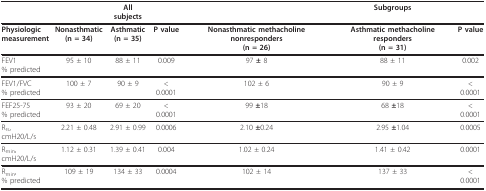
<table><thead><tr><td></td><td></td><td><b>All subjects</b></td><td></td><td></td><td><b>Subgroups</b></td><td></td></tr></thead><tbody><tr><td><b>Physiologic</b><b>measurement</b></td><td><b>Nonasthmatic</b><b>(n = 34)</b></td><td><b>Asthmatic</b><b>(n = 35)</b></td><td><b>P value</b></td><td><b>Nonasthmatic methacholine nonresponders</b><b>(n = 26)</b></td><td><b>Asthmatic methacholine responders</b><b>(n = 31)</b></td><td><b>P value</b></td></tr><tr><td>FEV1% predicted</td><td>95 ± 10</td><td>88 ± 11</td><td>0.009</td><td>97 <b>± </b>8</td><td>88 ± 11</td><td>0.002</td></tr><tr><td>FEV1/FVC% predicted</td><td>100 ± 7</td><td>90 ± 9</td><td>&lt; 0.0001</td><td>102 ± 6</td><td>90 ± 9</td><td>&lt; 0.0001</td></tr><tr><td>FEF25-75% predicted</td><td>93 ± 20</td><td>69 ± 20</td><td>&lt; 0.0001</td><td>99 <b>±</b>18</td><td>68 <b>±</b>18</td><td>&lt; 0.0001</td></tr><tr><td>R<sub>rs</sub>,cmH20/L/s</td><td>2.21 ± 0.48</td><td>2.91 ± 0.99</td><td>0.0006</td><td>2.10 <b>±</b>0.24</td><td>2.95 <b>±</b>1.04</td><td>0.0005</td></tr><tr><td>R<sub>min</sub>,cmH20/L/s</td><td>1.12 ± 0.31</td><td>1.39 ± 0.41</td><td>0.004</td><td>1.02 ± 0.24</td><td>1.41 ± 0.42</td><td>0.0001</td></tr><tr><td>R<sub>min</sub>,% predicted</td><td>109 ± 19</td><td>134 ± 33</td><td>0.0004</td><td>102 ± 14</td><td>137 ± 33</td><td>&lt; 0.0001</td></tr></tbody></table>